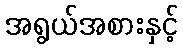
အရွယ်အစားနှင့်